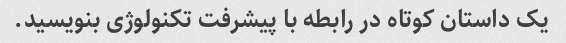
یک داستان کوتاه در رابطه با پیشرفت تکنولوژی بنویسید.